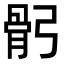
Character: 𩨙